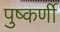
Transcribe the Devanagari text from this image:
पुष्कर्णी